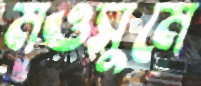
মওসুমে